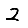
Digit: 2